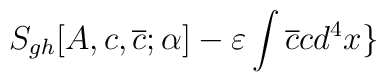
S_{gh}[A,c,\overline{c};\alpha ]-\varepsilon \int \overline{c}cd^{4}x\}